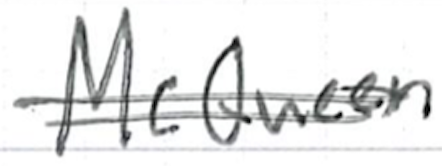
Text: McQueen
Cross-out: mix
Writing tool: ballpoint